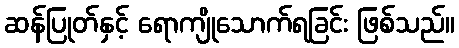
ဆန်ပြုတ်နှင့် ရောကျိုသောက်ရခြင်း ဖြစ်သည်။